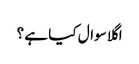
اگلا سوال کیا ہے ؟